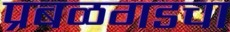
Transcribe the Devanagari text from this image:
प्रबळगडचा